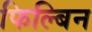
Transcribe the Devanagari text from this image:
फिल्बिन